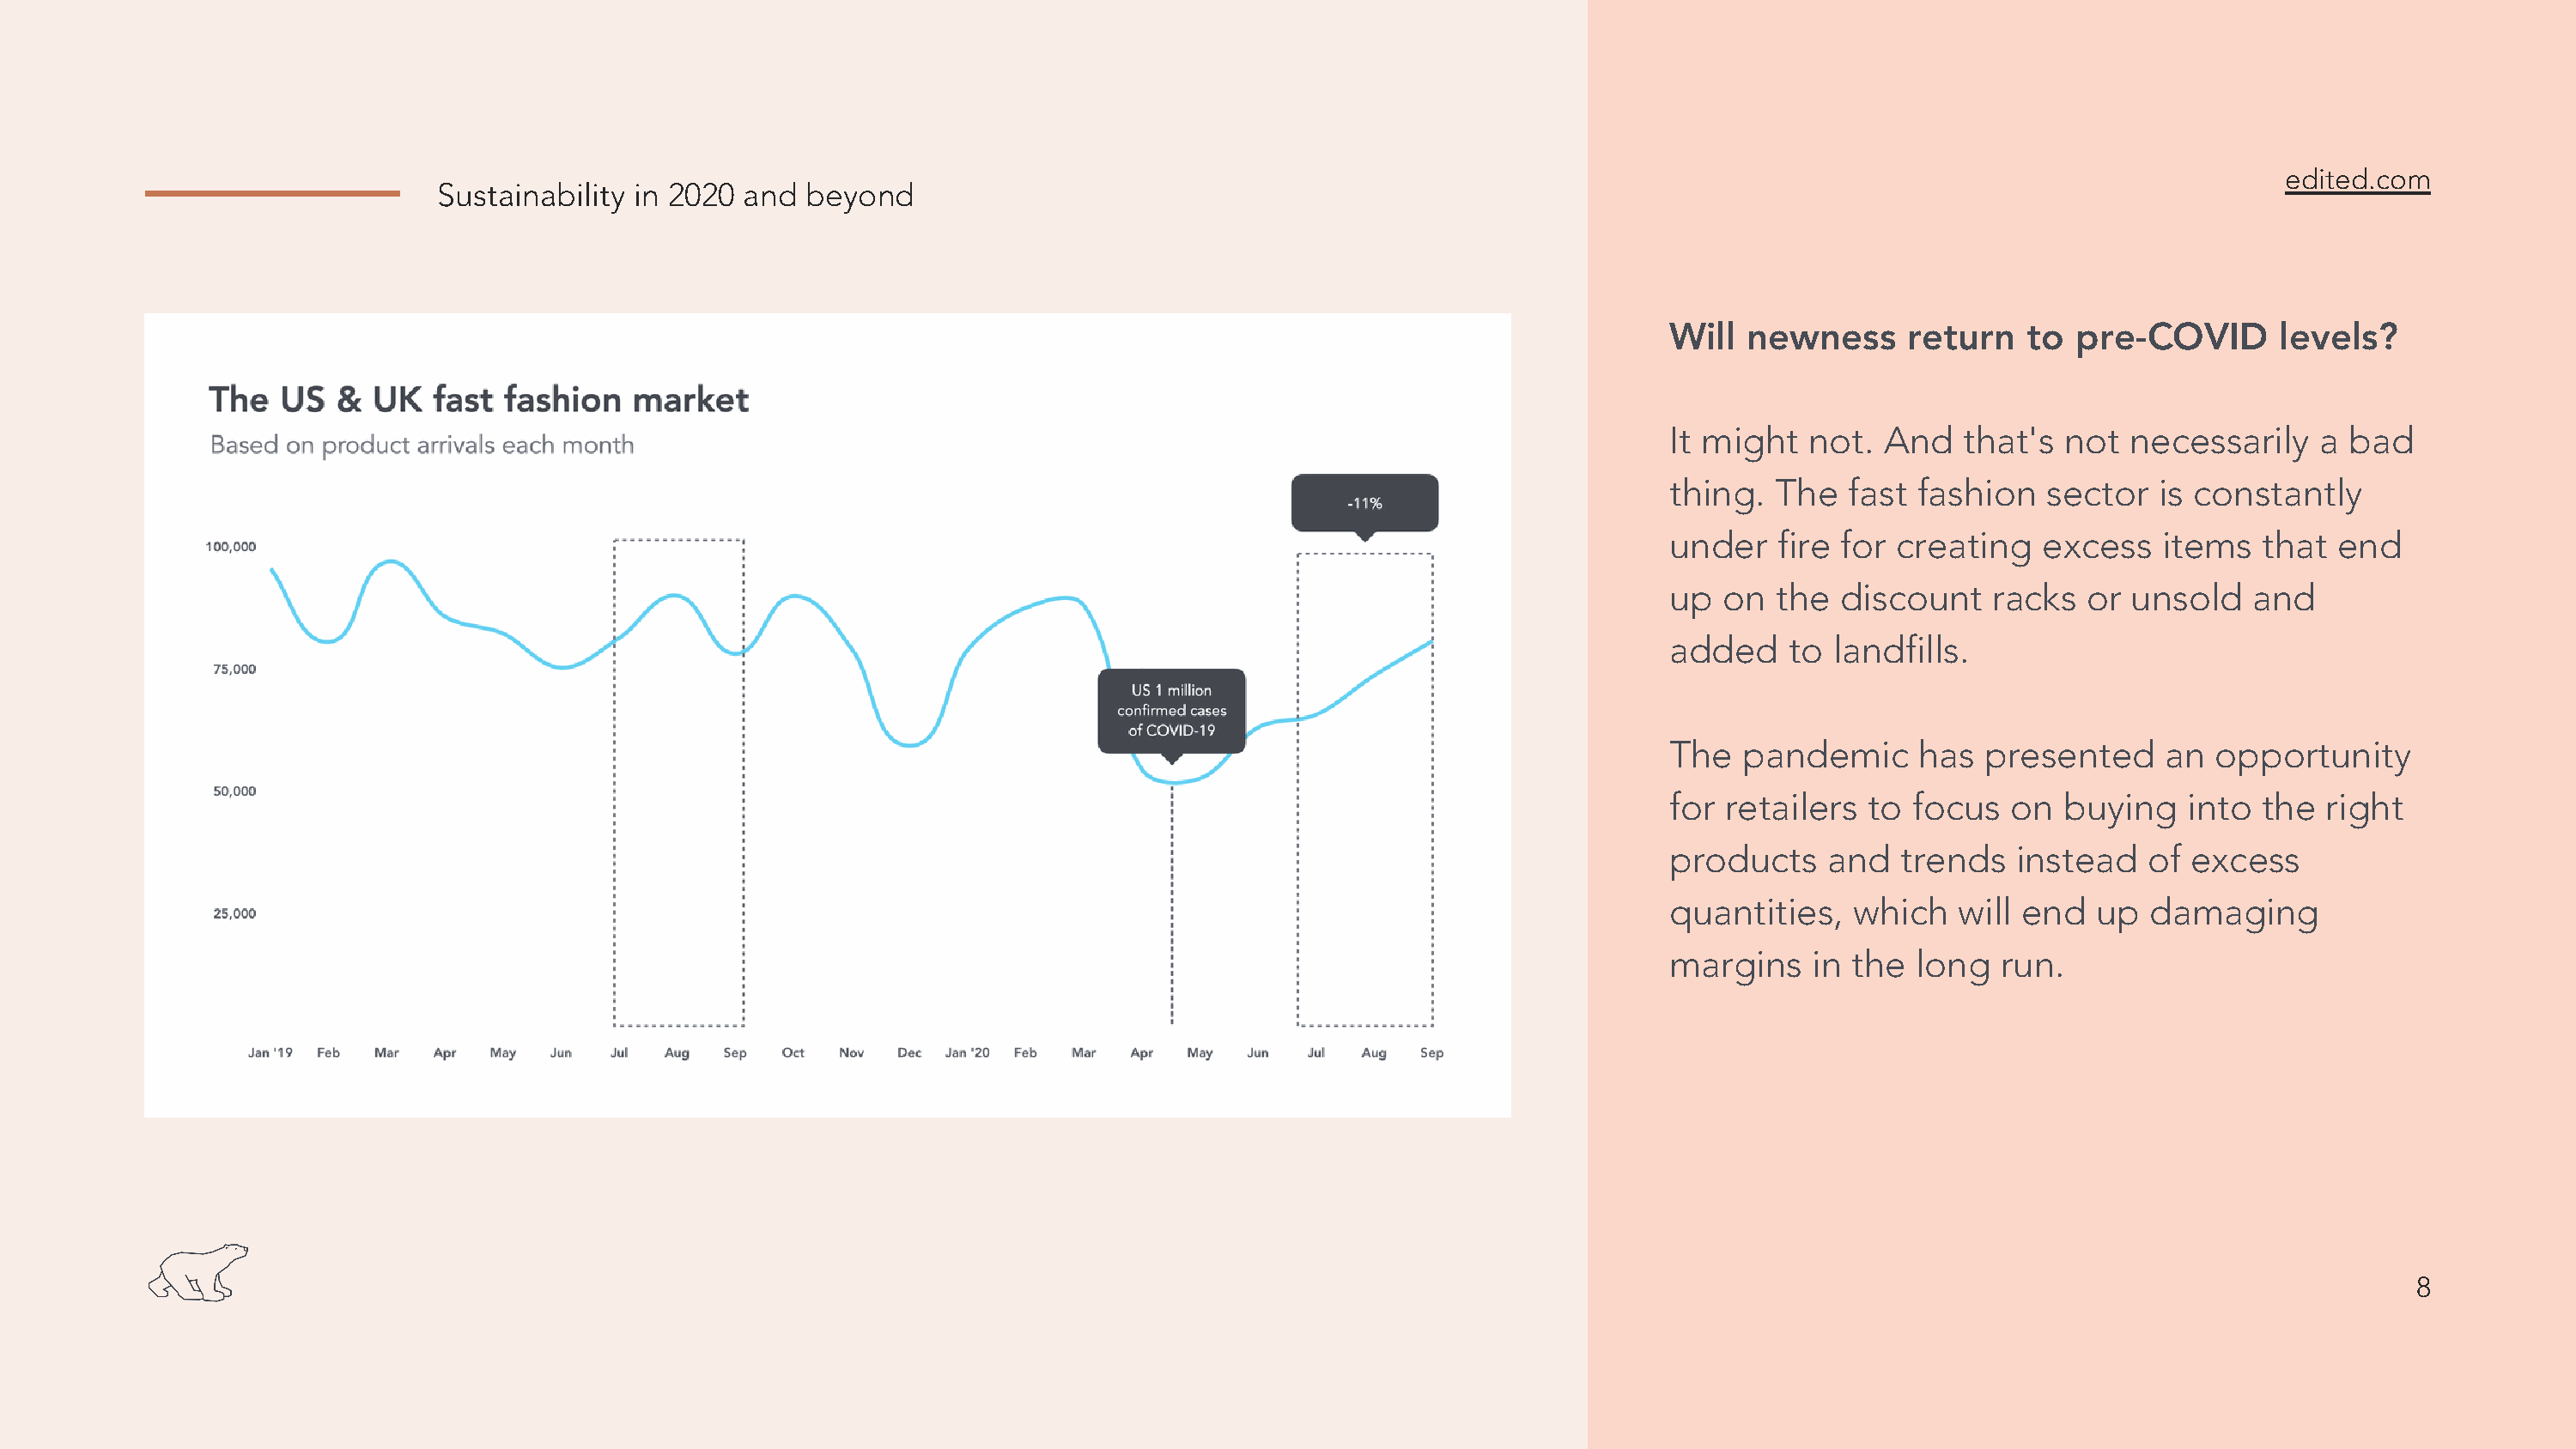
edited.com
 Sustainability in 2020 and  beyond
 Will  newness     return   to  pre-COVID       levels?
 It might  not.  And   that's  not  necessarily    a bad
 thing.  The  fast  fashion   sector  is constantly
 under   fire for creating   excess    items  that  end
 up  on  the  discount    racks  or unsold    and
 added    to landfills.
 The  pandemic      has  presented     an  opportunity
 for retailers  to focus   on  buying    into the  right
 products    and   trends  instead    of excess
 quantities,   which   will end   up  damaging
 margins    in the  long  run.
 8